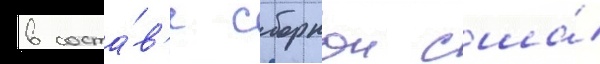
в соста́в'е сборнои сша́